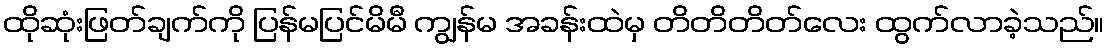
ထိုဆုံးဖြတ်ချက်ကို ပြန်မပြင်မိမီ ကျွန်မ အခန်းထဲမှ တိတိတိတ်လေး ထွက်လာခဲ့သည်။